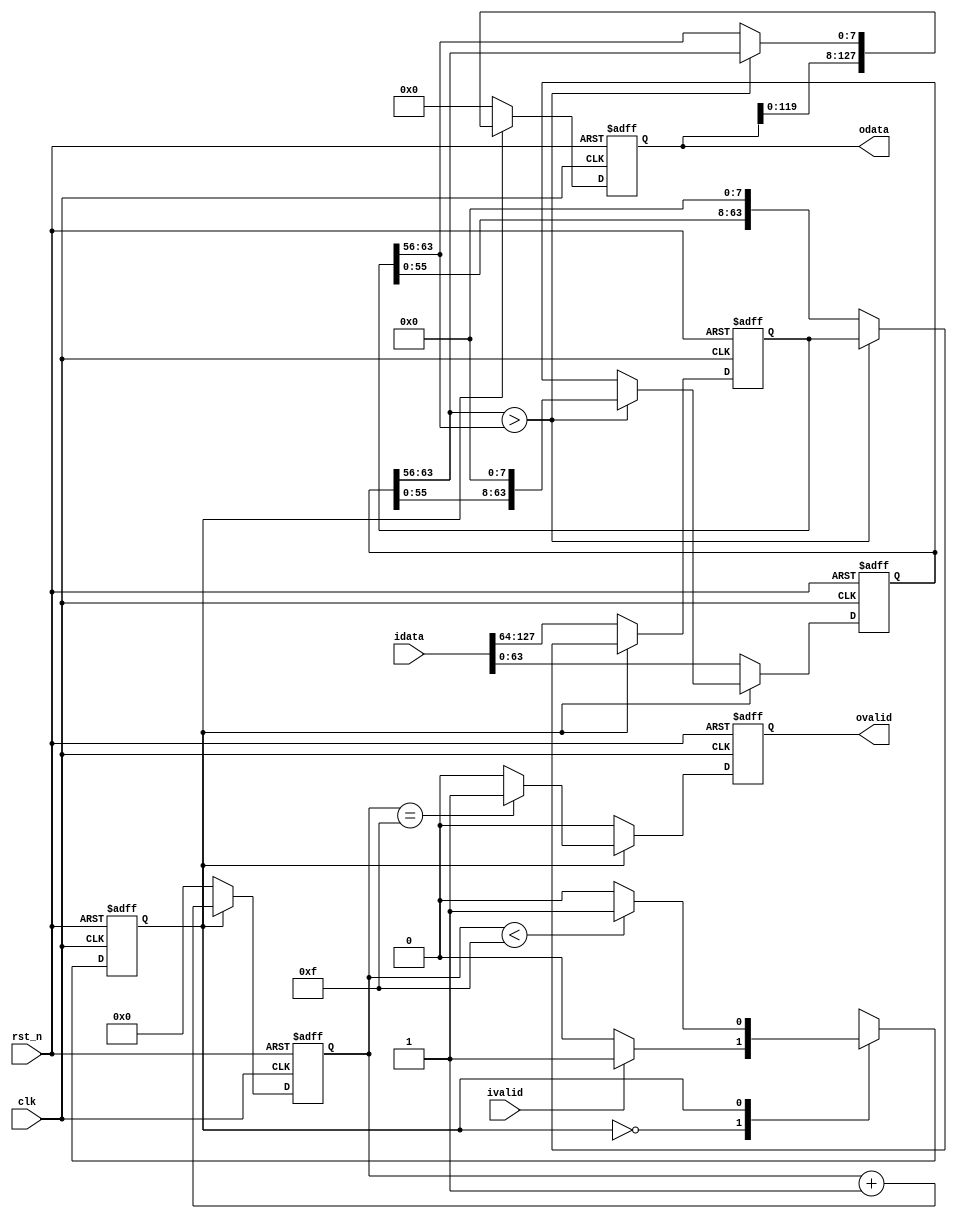
`timescale 1ns / 1ps
module level_4_gen #(
    parameter DATA_WIDTH=8
)(
    input clk,
    input rst_n,
    input [16*DATA_WIDTH-1:0] idata,
    input ivalid,
    output reg [16*DATA_WIDTH-1:0] odata,
    output reg ovalid
    );
    
    localparam S1=1'b0;
    localparam S2=1'b1;
    
    reg cs,ns;
    reg [8*DATA_WIDTH-1:0] buffer1,buffer2;
    reg [3:0] cnt;
    
    always@(posedge clk or negedge rst_n)begin
        if(!rst_n)
            cs <= S1;
        else
            cs <= ns;
    end
    
    always@(*)begin
        case(cs)
            S1:begin
                if(ivalid)
                    ns = S2;
                else
                    ns = S1;
            end
            S2:begin
                if(cnt<15)
                    ns = S2;
                else
                    ns = S1;
            end
        endcase
    end
    
    always@(posedge clk or negedge rst_n)begin
        if(!rst_n)begin
            odata <= 'd0;
            buffer1 <= 'd0;
            buffer2 <= 'd0;
            ovalid <= 'b0;
            cnt <= 'd0;
        end
        else if(cs == S1)begin
            odata <= 'd0;
            buffer1 <= idata[0*DATA_WIDTH+:8*DATA_WIDTH];
            buffer2 <= idata[8*DATA_WIDTH+:8*DATA_WIDTH];
            ovalid <= 'b0;
            cnt <= 'd0;
        end
        else begin
            if(cnt == 15)
                ovalid <= 'b1;
            else
                ovalid <= 'b0;
            cnt <= cnt + 1;
            if(buffer1[7*DATA_WIDTH+:DATA_WIDTH]>buffer2[7*DATA_WIDTH+:DATA_WIDTH])begin
                odata <= {odata[0+:15*DATA_WIDTH],buffer1[7*DATA_WIDTH+:DATA_WIDTH]};
                buffer1 <= buffer1 << DATA_WIDTH;
            end
            else begin
                odata <= {odata[0+:15*DATA_WIDTH],buffer2[7*DATA_WIDTH+:DATA_WIDTH]};
                buffer2 <= buffer2 << DATA_WIDTH;
            end
        end
    end
    
endmodule